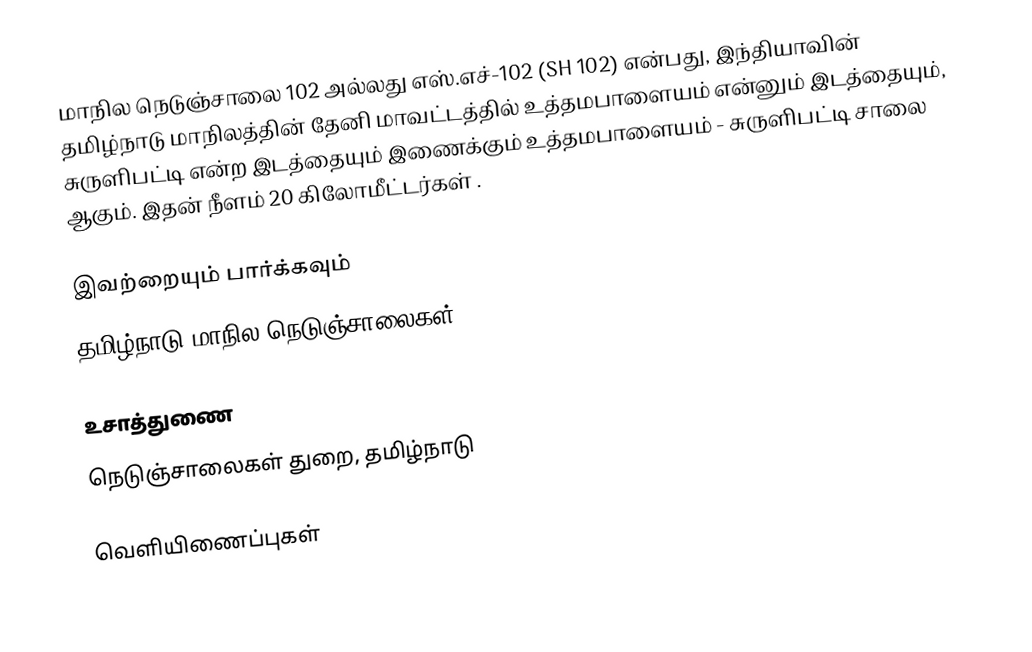
மாநில நெடுஞ்சாலை 102 அல்லது எஸ்.எச்-102 (SH 102) என்பது, இந்தியாவின் தமிழ்நாடு மாநிலத்தின் தேனி மாவட்டத்தில் உத்தமபாளையம் என்னும் இடத்தையும், சுருளிபட்டி என்ற இடத்தையும் இணைக்கும் உத்தமபாளையம் - சுருளிபட்டி சாலை ஆகும். இதன் நீளம் 20  கிலோமீட்டர்கள் .

இவற்றையும் பார்க்கவும்
 தமிழ்நாடு மாநில நெடுஞ்சாலைகள்

உசாத்துணை
 நெடுஞ்சாலைகள் துறை, தமிழ்நாடு

வெளியிணைப்புகள்